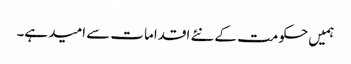
ہمیں حکومت کے نئے اقدامات سے امید ہے۔